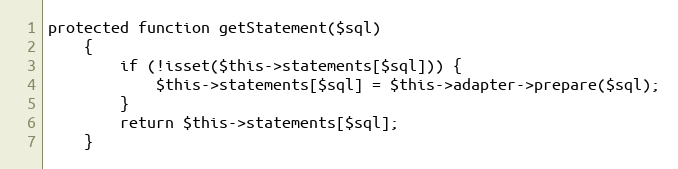
Language: PHP
protected function getStatement($sql)
    {
        if (!isset($this->statements[$sql])) {
            $this->statements[$sql] = $this->adapter->prepare($sql);
        }
        return $this->statements[$sql];
    }